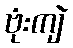
ဗုံးကျဲ